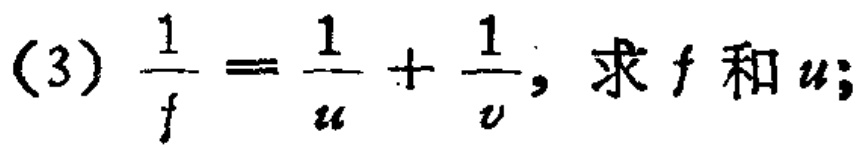
(3) \(\frac{1}{f}=\frac{1}{u}+\frac{1}{v}\), 求 \(f\) 和 \(u\);